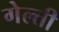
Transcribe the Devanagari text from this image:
गेल्ती